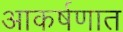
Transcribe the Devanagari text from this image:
आकर्षणात